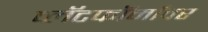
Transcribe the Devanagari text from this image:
प्लॅटफॉर्मांवर